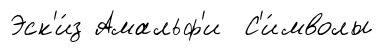
Эск'и́з Амальф'и С'и́мволы